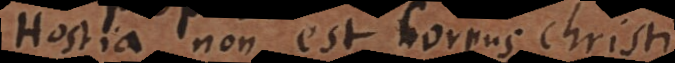
Hostia non est corpus Christi.